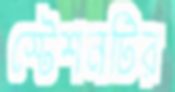
স্টেশনটির